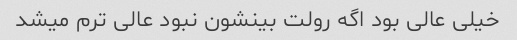
خیلی عالی بود اگه رولت بینشون نبود عالی ترم میشد